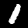
Digit: 1